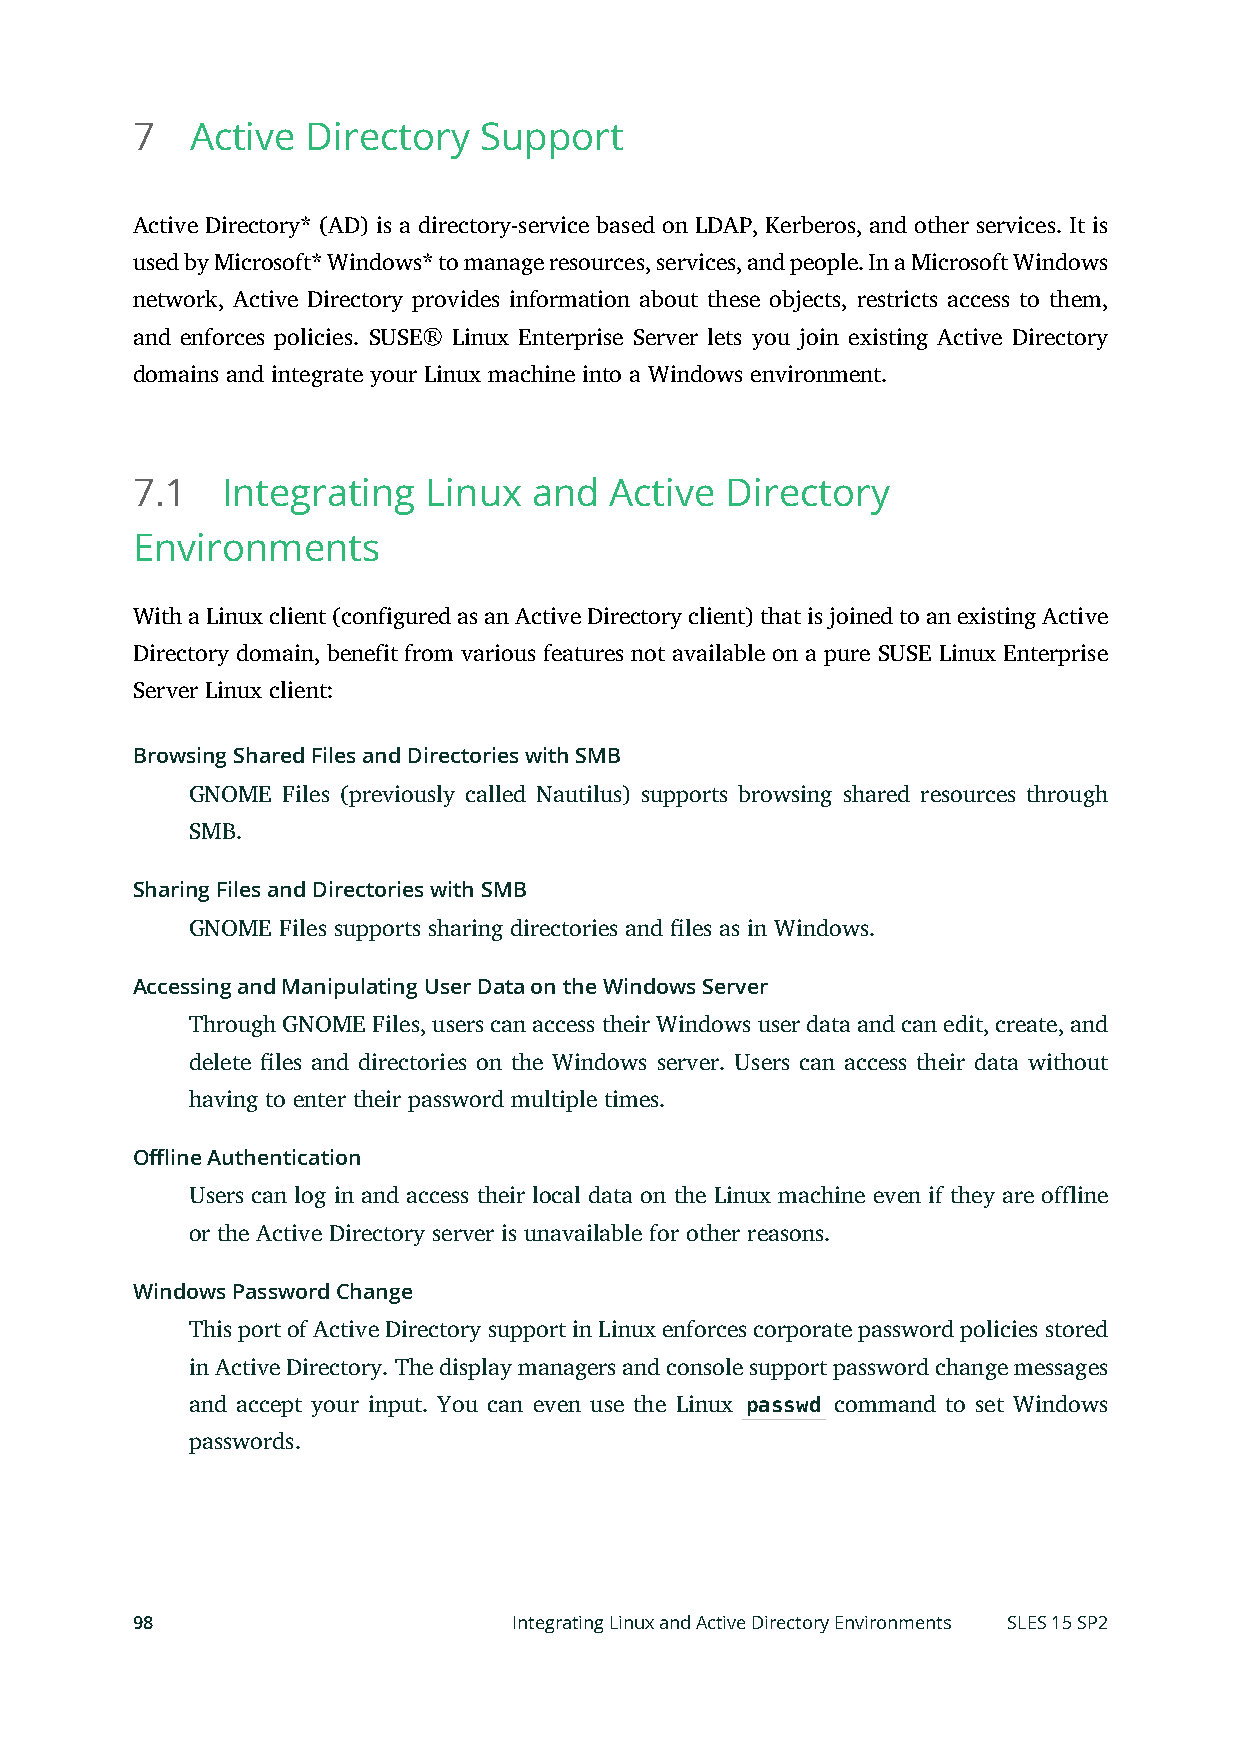
7   Active Directory   Support
 Active Directory* (AD) is a directory-service based on LDAP, Kerberos, and other services. It is
 used by Microsoft* Windows* to manage resources, services, and people. In a Microsoft Windows
 network, Active Directory provides information about these objects, restricts access to them,
 and enforces policies. SUSE® Linux Enterprise Server lets you join existing Active Directory
 domains and integrate your Linux machine into a Windows environment.
 7.1   Integrating  Linux  and  Active  Directory
 Environments
 With a Linux client (configured as an Active Directory client) that is joined to an existing Active
 Directory domain, benefit from various features not available on a pure SUSE Linux Enterprise
 Server Linux client:
 Browsing Shared Files and Directories with SMB
 GNOME Files (previously called Nautilus) supports browsing shared resources through
 SMB.
 Sharing Files and Directories with SMB
 GNOME Files supports sharing directories and les as in Windows.
 Accessing and Manipulating User Data on the Windows Server
 Through GNOME Files, users can access their Windows user data and can edit, create, and
 delete les and directories on the Windows server. Users can access their data without
 having to enter their password multiple times.
 Offline Authentication
 Users can log in and access their local data on the Linux machine even if they are offline
 or the Active Directory server is unavailable for other reasons.
 Windows Password Change
 This port of Active Directory support in Linux enforces corporate password policies stored
 in Active Directory. The display managers and console support password change messages
 and accept your input. You can even use the Linux passwd command to set Windows
 passwords.
 98                       Integrating Linux and Active Directory Environments SLES 15 SP2